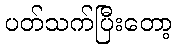
ပတ်သက်ပြီးတော့